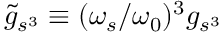
\tilde { g } _ { s ^ { 3 } } \equiv ( \omega _ { s } / \omega _ { 0 } ) ^ { 3 } g _ { s ^ { 3 } }